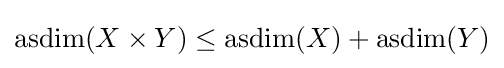
\operatorname {asdim} (X\times Y)\leq \operatorname {asdim} (X)+\operatorname {asdim} (Y)